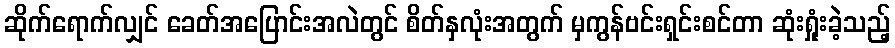
ဆိုက်ရောက်လျှင် ခေတ်အပြောင်းအလဲတွင် စိတ်နှလုံးအတွက် မှကွန်ဗင်းရှင်းစင်တာ ဆုံးရှုံးခဲ့သည့်